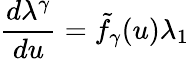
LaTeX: \frac{d\lambda^{\gamma}}{du}={\tilde{f}}_{\gamma}(u)\lambda_{1}